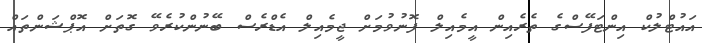
އައުޓްލުކް އިންޓަފޭސްގެ ތެރެއިން އީމެއިލް ފޮނުވުމަށް ޖީމެއިލް އެޑްރެސް ބޭނުންކުރެވޭ ގޮތަށް އޮޕްޝަންތައް